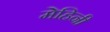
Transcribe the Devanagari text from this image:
मेहिनी